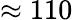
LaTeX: \approx 110